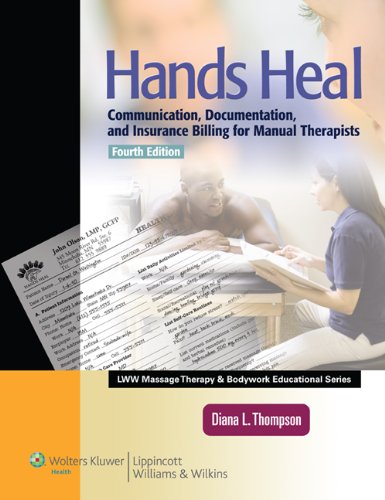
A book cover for Hands Heal: Communication, Documentation, and Insurance Billing for Manual Therapists (LWW Massage Therapy and Bodywork Educational Series); Diana L. Thompson LMP; Medical Books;